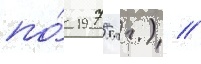
по́ 1975 гг.) //